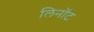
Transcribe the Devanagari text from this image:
लिनॉट